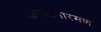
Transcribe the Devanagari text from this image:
कल्यानारमण